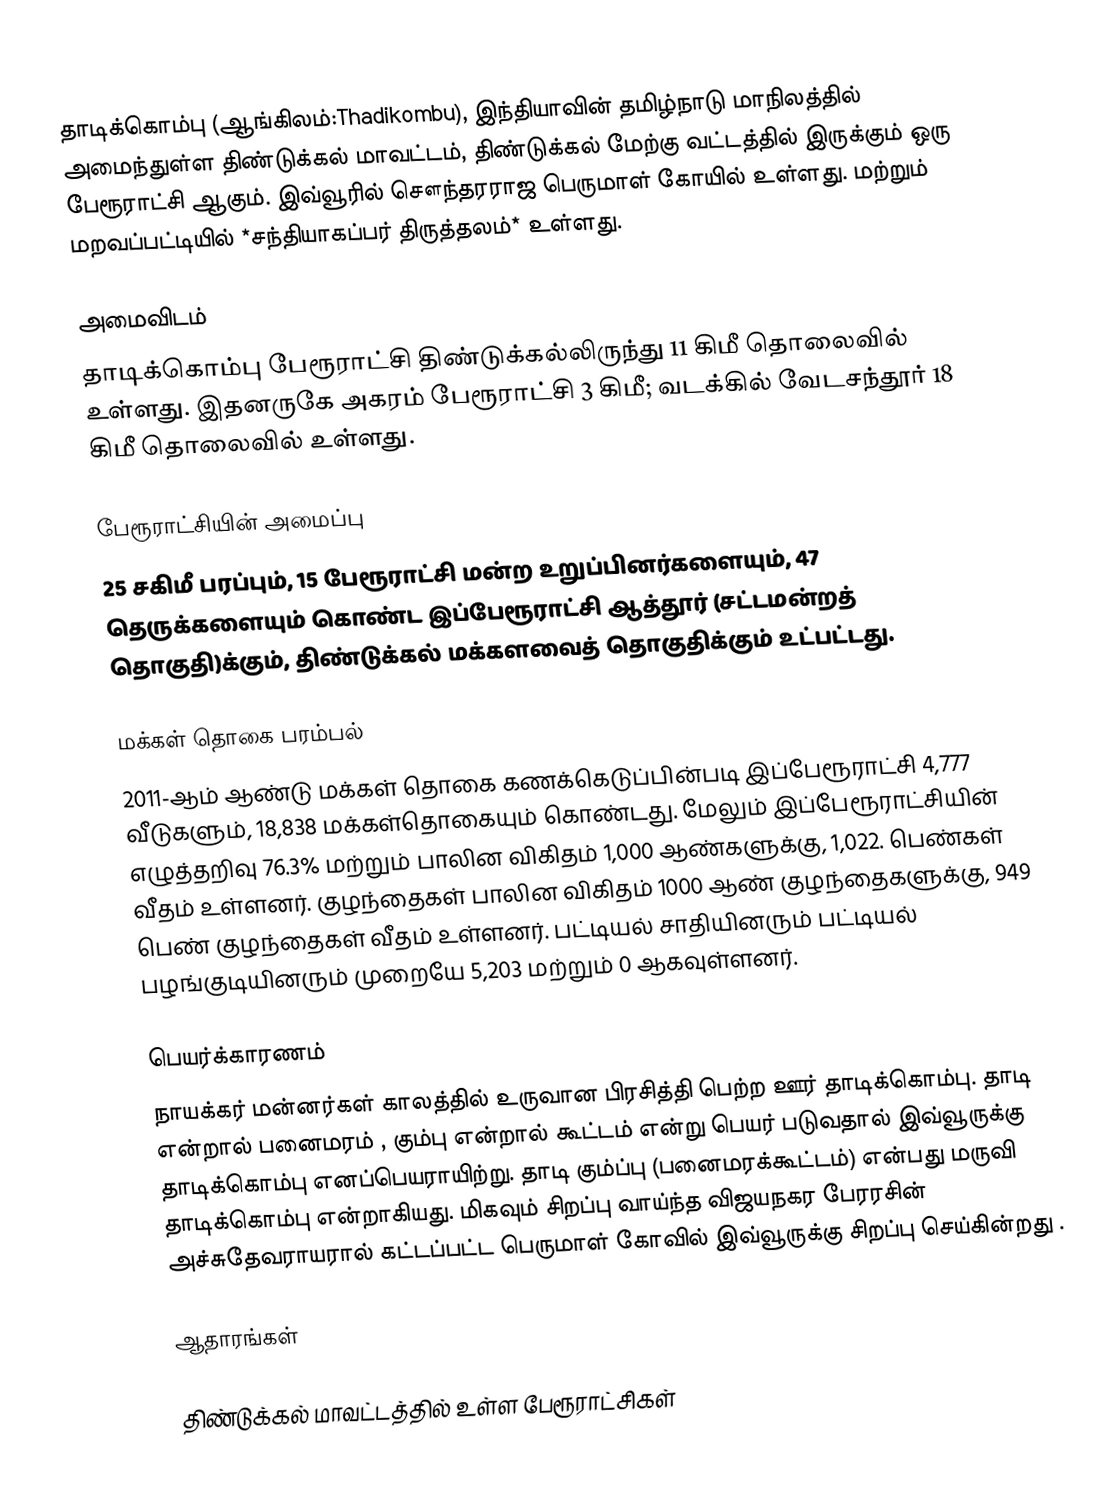
தாடிக்கொம்பு (ஆங்கிலம்:Thadikombu), இந்தியாவின் தமிழ்நாடு மாநிலத்தில் அமைந்துள்ள திண்டுக்கல் மாவட்டம், திண்டுக்கல் மேற்கு வட்டத்தில் இருக்கும் ஒரு பேரூராட்சி ஆகும். இவ்வூரில் சௌந்தரராஜ பெருமாள் கோயில் உள்ளது. மற்றும் மறவப்பட்டியில் *சந்தியாகப்பர் திருத்தலம்* உள்ளது.

அமைவிடம்
தாடிக்கொம்பு பேரூராட்சி திண்டுக்கல்லிருந்து 11 கிமீ தொலைவில் உள்ளது. இதனருகே அகரம் பேரூராட்சி 3 கிமீ; வடக்கில் வேடசந்தூர் 18 கிமீ தொலைவில் உள்ளது.

பேரூராட்சியின் அமைப்பு
25 சகிமீ பரப்பும், 15  பேரூராட்சி மன்ற உறுப்பினர்களையும், 47 தெருக்களையும் கொண்ட  இப்பேரூராட்சி ஆத்தூர் (சட்டமன்றத் தொகுதி)க்கும், திண்டுக்கல் மக்களவைத் தொகுதிக்கும் உட்பட்டது.

மக்கள் தொகை பரம்பல்
2011-ஆம் ஆண்டு மக்கள் தொகை கணக்கெடுப்பின்படி   இப்பேரூராட்சி  4,777  வீடுகளும், 18,838  மக்கள்தொகையும் கொண்டது. மேலும் இப்பேரூராட்சியின் எழுத்தறிவு 76.3%  மற்றும்  பாலின விகிதம் 1,000 ஆண்களுக்கு,  1,022. பெண்கள் வீதம் உள்ளனர். குழந்தைகள் பாலின விகிதம் 1000 ஆண் குழந்தைகளுக்கு, 949  பெண் குழந்தைகள் வீதம் உள்ளனர்.  பட்டியல் சாதியினரும் பட்டியல் பழங்குடியினரும்  முறையே 5,203 மற்றும் 0 ஆகவுள்ளனர்.

பெயர்க்காரணம்
நாயக்கர் மன்னர்கள் காலத்தில் உருவான பிரசித்தி பெற்ற ஊர் தாடிக்கொம்பு. தாடி என்றால் பனைமரம் , கும்பு  என்றால் கூட்டம் என்று பெயர் படுவதால் இவ்வூருக்கு தாடிக்கொம்பு எனப்பெயராயிற்று. தாடி  கும்ப்பு (பனைமரக்கூட்டம்) என்பது மருவி தாடிக்கொம்பு என்றாகியது. மிகவும் சிறப்பு வாய்ந்த விஜயநகர பேரரசின் அச்சுதேவராயரால் கட்டப்பட்ட பெருமாள் கோவில் இவ்வூருக்கு சிறப்பு செய்கின்றது .

ஆதாரங்கள்

திண்டுக்கல் மாவட்டத்தில் உள்ள பேரூராட்சிகள்